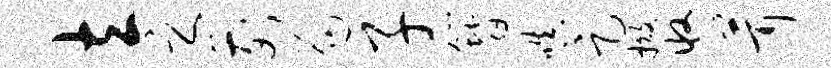
立之前局子簪嗔足撤收茸